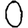
Digit: 0